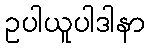
ဥပါယူပါဒါနာ